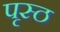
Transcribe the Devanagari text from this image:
पृस्ठ